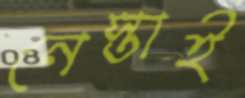
নেস্তাই